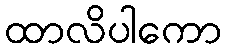
ထာလိပါကော